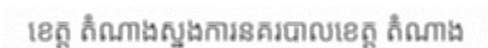
ខេត្ត តំណាងស្នងការនគរបាលខេត្ត តំណាង